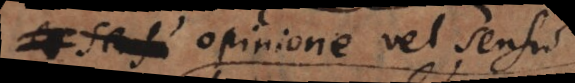
Über opinione vel sensu: